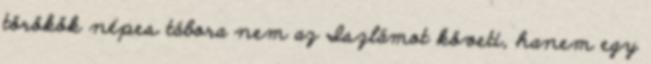
törökök népes tábora nem az Iszlámot követi, hanem egy